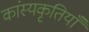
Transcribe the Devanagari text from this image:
कांस्यकृतियाँ